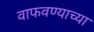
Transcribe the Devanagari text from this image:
वाफवण्याच्या